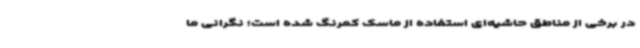
در برخی از مناطق حاشیه‌ای استفاده از ماسک کمرنگ شده است؛ نگرانی ما